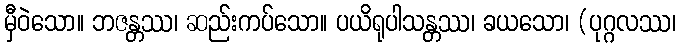
မှီဝဲသော။ ဘဇန္တဿ၊ ဆည်းကပ်သော။ ပယိရုပါသန္တဿ၊ ခယသော၊ (ပုဂ္ဂလဿ၊